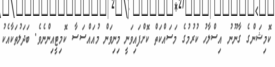
ކޮމިޝަންގެ ގާނޫނު އިސްލާހު ކުރުމުގެ މަސައްކަތް ކޮށްފައިވަނީ މިނިވަން މުއައްސަސާ ކޮމިޓީއިންނެވެ. ބަދަލުތަކާއެކު